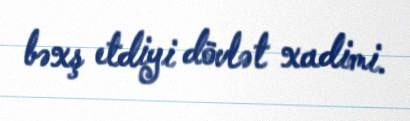
bəxş etdiyi dövlət xadimi.